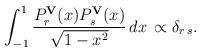
LaTeX: \begin{align*}\int_{-1}^1{P_r^{\bf V}(x)P_s^{\bf V}(x)\over{\sqrt{1-x^2}}}\,dx\, \propto\delta_{r\,s}.\end{align*}